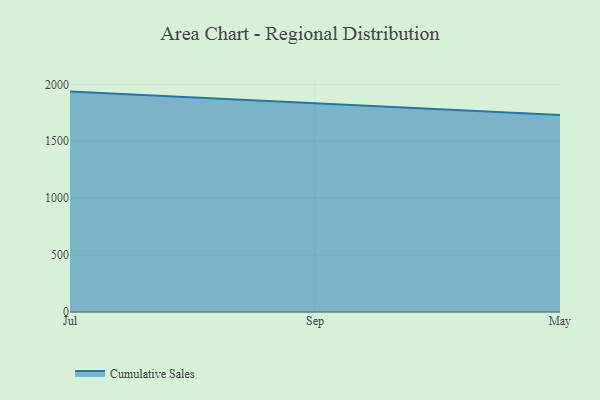
{"axis": {"x": "Month", "y": "Demand Index"}, "legend": ["Cumulative Sales"], "data": [{"x": "Jul", "y": 1935.9, "type": "Cumulative Sales"}, {"x": "Sep", "y": 1831.2, "type": "Cumulative Sales"}, {"x": "May", "y": 1729.9, "type": "Cumulative Sales"}]}